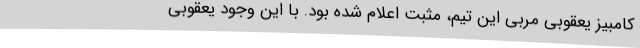
کامبیز یعقوبی مربی این تیم، مثبت اعلام شده بود. با این‌ وجود یعقوبی